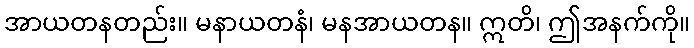
အာယတနတည်း။ မနာယတနံ၊ မနအာယတန။ ဣတိ၊ ဤအနက်ကို။